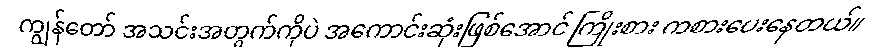
ကျွန်တော် အသင်းအတွက်ကိုပဲ အကောင်းဆုံးဖြစ်အောင် ကြိုးစား ကစားပေးနေတယ်။